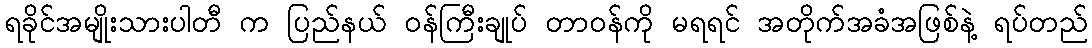
ရခိုင်အမျိုးသားပါတီ က ပြည်နယ် ဝန်ကြီးချုပ် တာဝန်ကို မရရင် အတိုက်အခံအဖြစ်နဲ့ ရပ်တည်